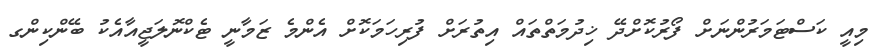
މިއީ ކަސްޓަމަރުންނަށް ފޯރުކޮށްދޭ ޚިދުމަތްތައް އިތުރަށް ފުރިހަމަކޮށް އެންމެ ޒަމާނީ ޓެކްނޮލަޖީއާއެކު ބޭންކިންގ